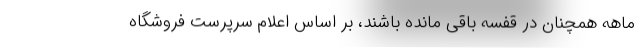
ماهه همچنان در قفسه باقی مانده باشند، بر اساس اعلام سرپرست فروشگاه